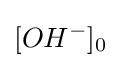
[OH_{}^{-}]_{0}